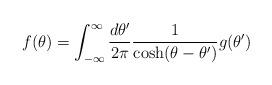
LaTeX: \begin{align*}f(\theta)=\int_{-\infty}^{\infty} {d\theta'\over 2\pi} {1\over\cosh(\theta-\theta')}g(\theta')\end{align*}